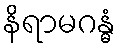
နိရာမဂန္ဓံ